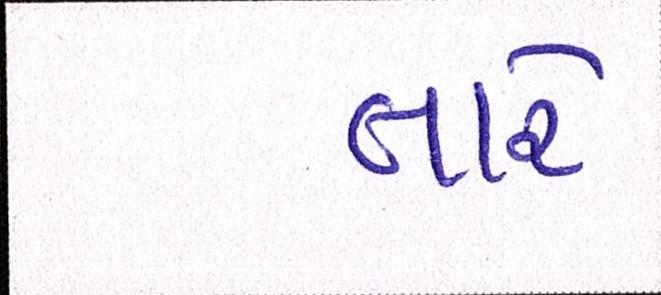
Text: તારે